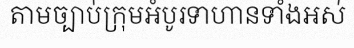
តាមច្បាប់ក្រុមអំបូរទាហានទាំងអស់